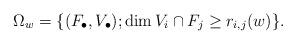
LaTeX: \begin{align*} \Omega_w = \{(F_\bullet,V_\bullet); \dim V_i\cap F_j\geq r_{i,j}(w)\}. \end{align*}